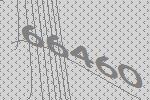
66460